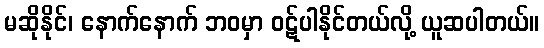
မဆိုနိုင်၊ နောက်နောက် ဘဝမှာ ဝဋ်ပါနိုင်တယ်လို့ ယူဆပါတယ်။